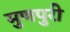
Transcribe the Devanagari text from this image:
मुणपुरी